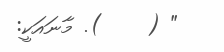
" (    ). މާނައަކީ: